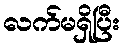
လက်မရှိပြီး